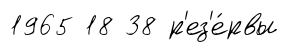
1965 18 38 р'ез'е́рвы